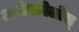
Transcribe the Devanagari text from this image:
अपोस्तोलोस्